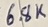
Text: 6.8K